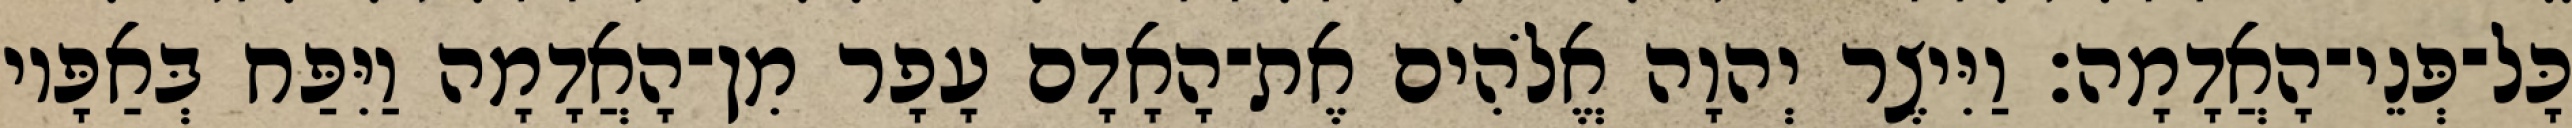
כָּל־פְּנֵי־הָאֲדָמָה׃ וַיִּיצֶר יְהוָה אֱלֹהִים אֶת־הָאָדָם עָפָר מִן־הָאֲדָמָה וַיִּפַּח בְּאַפָּיו